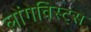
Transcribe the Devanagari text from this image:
लोंगेविस्ट्स